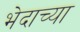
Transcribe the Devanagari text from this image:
भेदाच्या